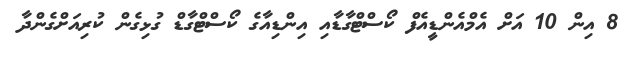
8 އިން 10 އަށް އެމްއެންޑީއެފް ކޯސްޓްގާޑާއި އިންޑިއާގެ ކޯސްޓްގާޑް ގުޅިގެން ކުރިއަށްގެންދާ